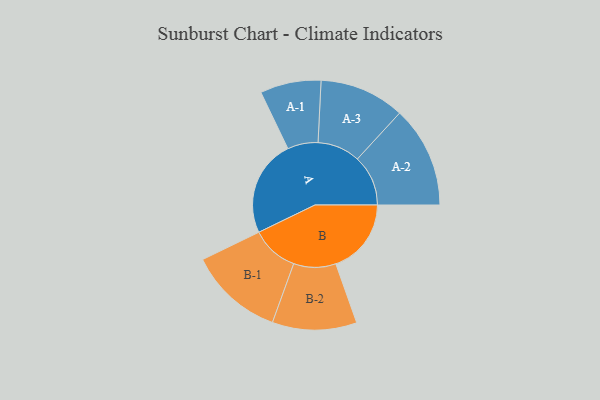
{"axis": {"x": "Segment", "y": "Value"}, "legend": ["", "A", "B"], "data": [{"x": "A", "y": 453, "type": ""}, {"x": "B", "y": 354, "type": ""}, {"x": "A-1", "y": 143, "type": "A"}, {"x": "A-2", "y": 238, "type": "A"}, {"x": "A-3", "y": 200, "type": "A"}, {"x": "B-1", "y": 222, "type": "B"}, {"x": "B-2", "y": 198, "type": "B"}]}